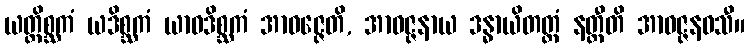
ယတ္ထိစ္ဆကံ ယဒိစ္ဆကံ ယာဝဒိစ္ဆကံ အာဝဇ္ဇေတိ, အာဝဇ္ဇနာယ ဒန္ဓာယိတတ္တံ နတ္ထီတိ အာဝဇ္ဇနဝသီ။